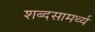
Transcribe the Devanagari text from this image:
शब्दसामर्थ्य